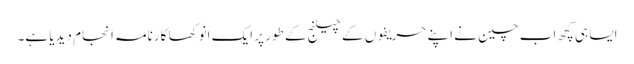
ایسا ہی کچھ اب چین نے اپنے حریفوں کے چیلنج کے طور پر ایک انوکھا کارنامہ انجام دیدیا ہے۔